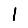
Digit: 1